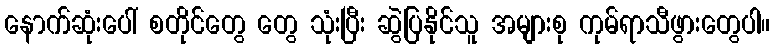
နောက်ဆုံးပေါ် စတိုင်တွေ တွေ သုံးပြီး ဆွဲပြနိုင်သူ အများစု ကုမ်ရာသီဖွားတွေပါ။